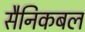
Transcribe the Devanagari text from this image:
सैनिकबल